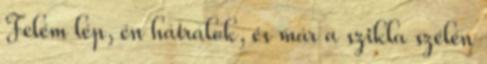
Felém lép, én hátrálok, és már a szikla szélén